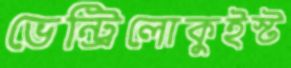
ভেন্ট্রিলোকুইস্ট